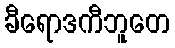
ခီရောဒကီဘူတေ